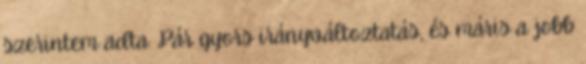
szerintem adta. Pár gyors irányváltoztatás, és máris a jobb